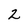
Character: 2